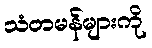
သံတမန်များကို